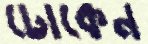
ঢোকেন